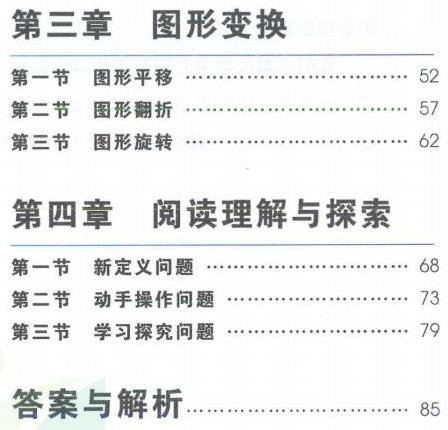
第三章  图形变换
第一节 图形平移 …………………… 52
第二节 图形翻折 …………………… 57
第三节 图形旋转 …………………… 62
第四章  阅读理解与探索
第一节 新定义问题 …………………… 68
第二节 动手操作问题 …………………… 73
第三节 学习探究问题 …………………… 79
答案与解析…………………… 85